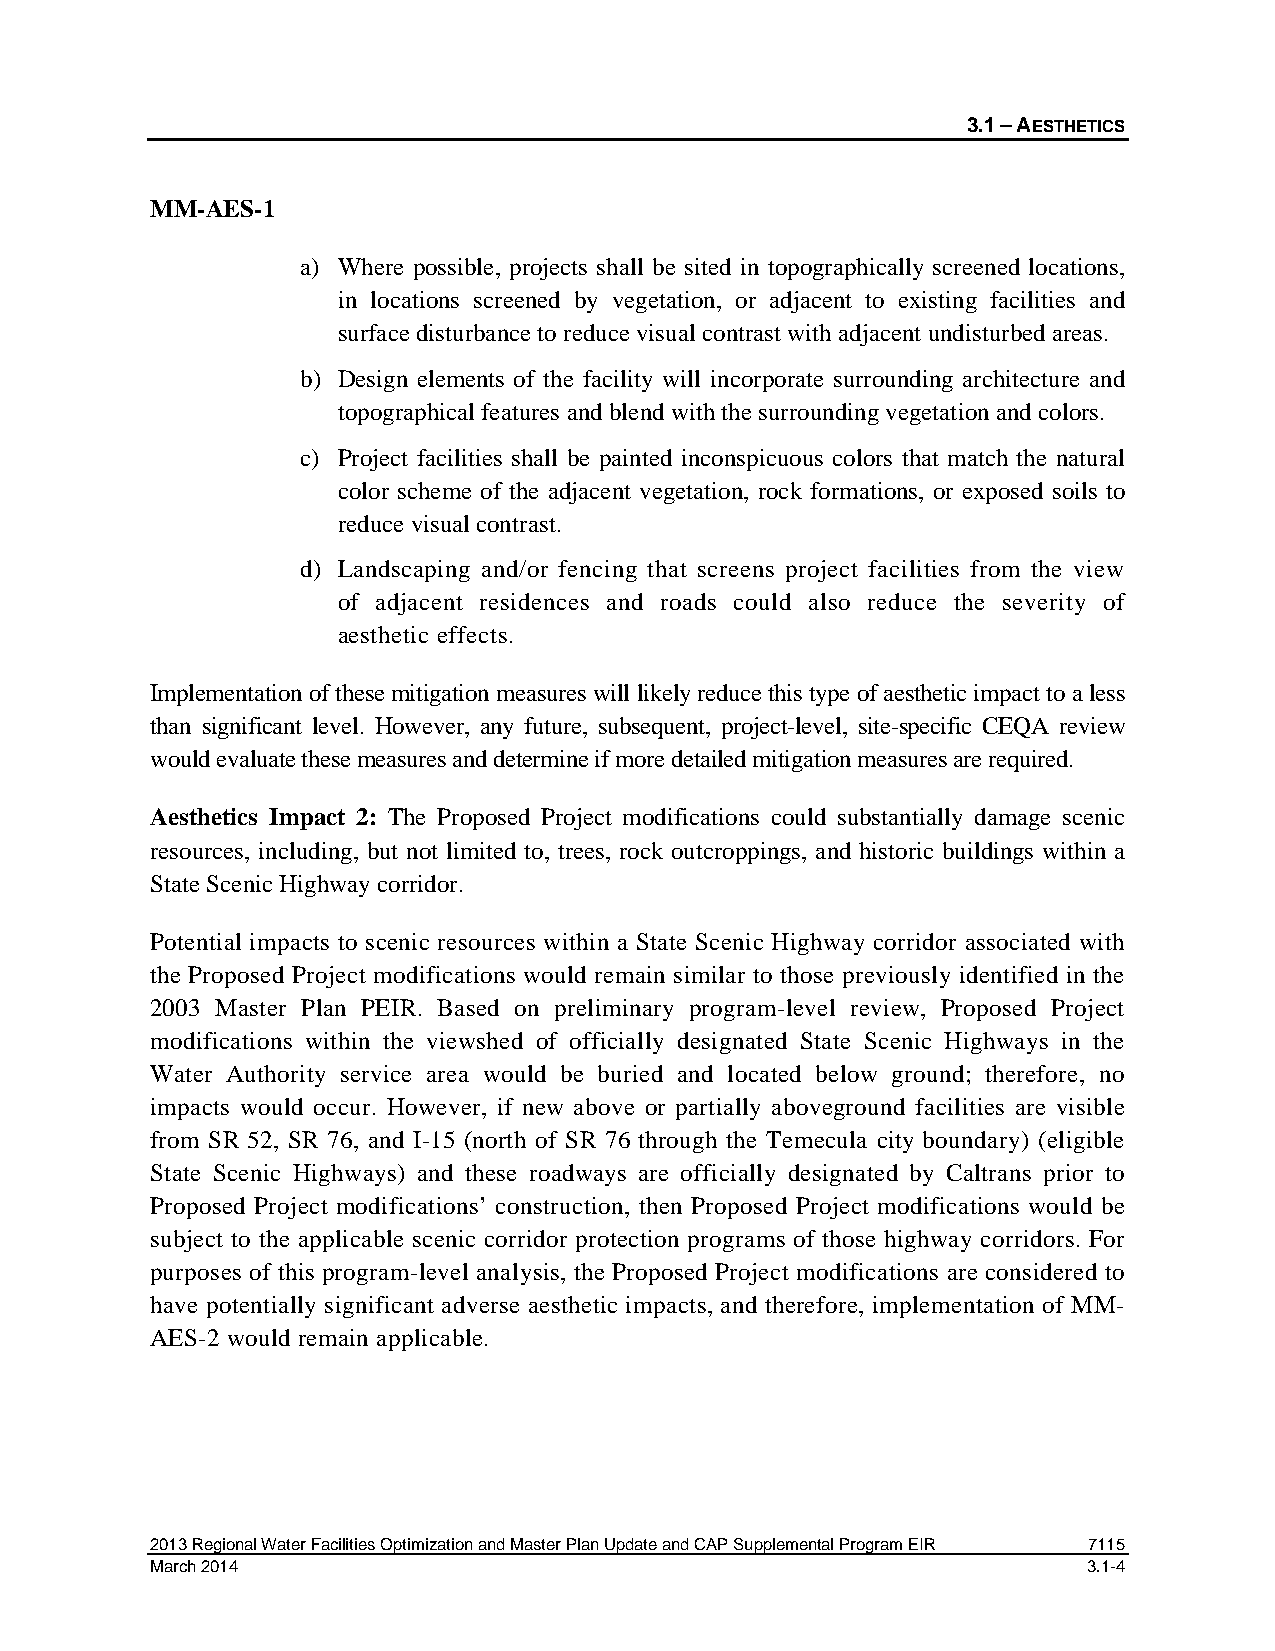
3.1 – AESTHETICS
 MM-AES-1
 a) Where possible, projects shall be sited in topographically screened locations,
 in locations screened by vegetation, or adjacent to existing facilities and
 surface disturbance to reduce visual contrast with adjacent undisturbed areas.
 b) Design elements of the facility will incorporate surrounding architecture and
 topographical features and blend with the surrounding vegetation and colors.
 c) Project facilities shall be painted inconspicuous colors that match the natural
 color scheme of the adjacent vegetation, rock formations, or exposed soils to
 reduce visual contrast.
 d) Landscaping and/or fencing that screens project facilities from the view
 of adjacent residences and roads could also reduce the severity of
 aesthetic effects.
 Implementation of these mitigation measures will likely reduce this type of aesthetic impact to a less
 than significant level. However, any future, subsequent, project-level, site-specific CEQA review
 would evaluate these measures and determine if more detailed mitigation measures are required.
 Aesthetics Impact 2: The Proposed Project modifications could substantially damage scenic
 resources, including, but not limited to, trees, rock outcroppings, and historic buildings within a
 State Scenic Highway corridor.
 Potential impacts to scenic resources within a State Scenic Highway corridor associated with
 the Proposed Project modifications would remain similar to those previously identified in the
 2003 Master Plan PEIR. Based on preliminary program-level review, Proposed Project
 modifications within the viewshed of officially designated State Scenic Highways in the
 Water Authority service area would be buried and located below ground; therefore, no
 impacts would occur. However, if new above or partially aboveground facilities are visible
 from SR 52, SR 76, and I-15 (north of SR 76 through the Temecula city boundary) (eligible
 State Scenic Highways) and these roadways are officially designated by Caltrans prior to
 Proposed Project modifications’ construction, then Proposed Project modifications would be
 subject to the applicable scenic corridor protection programs of those highway corridors. For
 purposes of this program-level analysis, the Proposed Project modifications are considered to
 have potentially significant adverse aesthetic impacts, and therefore, implementation of MM-
 AES-2 would remain applicable.
 2013 Regional Water Facilities Optimization and Master Plan Update and CAP Supplemental Program EIR 7115
 March 2014                                                    3.1-4